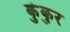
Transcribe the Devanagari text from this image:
कुंकुर